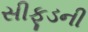
સીફૂડની